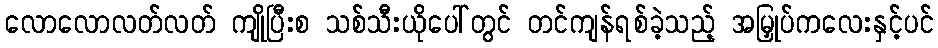
လောလောလတ်လတ် ကျိုပြီးစ သစ်သီးယိုပေါ်တွင် တင်ကျန်ရစ်ခဲ့သည့် အမြှုပ်ကလေးနှင့်ပင်